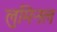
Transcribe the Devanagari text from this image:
लुमिनल